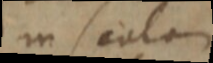
in scala